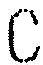
C